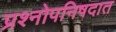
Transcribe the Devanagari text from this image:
प्रश्नोपनिषदात